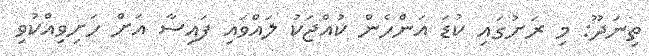
ތިނަދޫ: މި ރަށުގައި ކުޑަ އަންހެން ކުއްޖަކު ލައްވައި ފައިސާ އަށް ހަށިވިއްކުވި